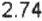
2.74